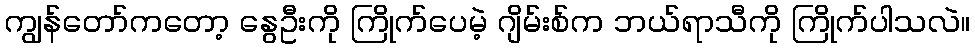
ကျွန်တော်ကတော့ နွေဦးကို ကြိုက်ပေမဲ့ ဂျိမ်းစ်က ဘယ်ရာသီကို ကြိုက်ပါသလဲ။